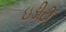
ઇડીટી